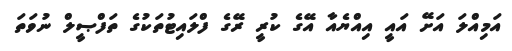
އަމިއްލަ އަށޭ އައީ އިއްޔެއާ އޭގެ ކުރީ ރޭގެ ފްލައިޓުތަކުގެ ތަފްޞީލް ނުވަތަ